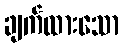
ချက်ထားသော